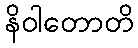
နိဝါတောတိ